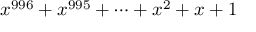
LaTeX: x ^ { 9 9 6 } + x ^ { 9 9 5 } + \cdots + x ^ { 2 } + x + 1